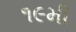
૧૯મી